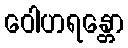
ဝေါဟရန္တော